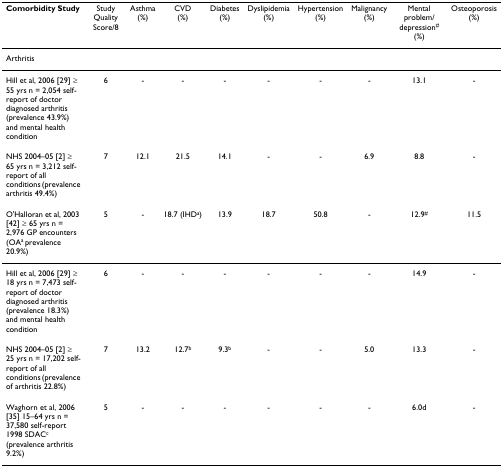
<table><thead><tr><td><b>Comorbidity Study</b></td><td><b>Study Quality Score/8</b></td><td><b>Asthma(%)</b></td><td><b>CVD(%)</b></td><td><b>Diabetes(%)</b></td><td><b>Dyslipidemia(%)</b></td><td><b>Hypertension(%)</b></td><td><b>Malignancy(%)</b></td><td><b>Mental problem/depression<sup>#</sup>(%)</b></td><td><b>Osteoporosis(%)</b></td></tr></thead><tbody><tr><td>Arthritis</td><td></td><td></td><td></td><td></td><td></td><td></td><td></td><td></td><td></td></tr><tr><td>Hill et al, 2006 [29] ≥ 55 yrs n = 2,054 self-report of doctor diagnosed arthritis (prevalence 43.9%) and mental health condition</td><td>6</td><td>-</td><td>-</td><td>-</td><td>-</td><td>-</td><td>-</td><td>13.1</td><td>-</td></tr><tr><td>NHS 2004–05 [2] ≥ 65 yrs n = 3,212 self-report of all conditions (prevalence arthritis 49.4%)</td><td>7</td><td>12.1</td><td>21.5</td><td>14.1</td><td>-</td><td>-</td><td>6.9</td><td>8.8</td><td>-</td></tr><tr><td>O&#x27;Halloran et al, 2003 [42] ≥ 65 yrs n = 2,976 GP encounters (OA<sup>a </sup>prevalence 20.9%)</td><td>5</td><td>-</td><td>18.7 (IHD<sup>a</sup>)</td><td>13.9</td><td>18.7</td><td>50.8</td><td>-</td><td>12.9<sup>#</sup></td><td>11.5</td></tr><tr><td>Hill et al, 2006 [29] ≥ 18 yrs n = 7,473 self-report of doctor diagnosed arthritis (prevalence 18.3%) and mental health condition</td><td>6</td><td>-</td><td>-</td><td>-</td><td>-</td><td>-</td><td>-</td><td>14.9</td><td>-</td></tr><tr><td>NHS 2004–05 [2] ≥ 25 yrs n = 17,202 self-report of all conditions (prevalence of arthritis 22.8%)</td><td>7</td><td>13.2</td><td>12.7<sup>b</sup></td><td>9.3<sup>b</sup></td><td>-</td><td>-</td><td>5.0</td><td>13.3</td><td>-</td></tr><tr><td>Waghorn et al, 2006 [35] 15–64 yrs n = 37,580 self-report 1998 SDAC<sup>c </sup>(prevalence arthritis 9.2%)</td><td>5</td><td>-</td><td>-</td><td>-</td><td>-</td><td>-</td><td>-</td><td>6.0d</td><td>-</td></tr></tbody></table>